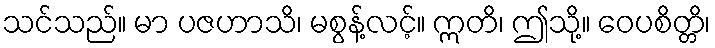
သင်သည်။ မာ ပဇဟာသိ၊ မစွန့်လင့်။ ဣတိ၊ ဤသို့။ ဝေပစိတ္တိ၊